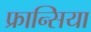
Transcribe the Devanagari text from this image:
फ्रान्सिया